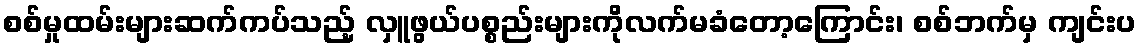
စစ်မှုထမ်းများဆက်ကပ်သည့် လှူဖွယ်ပစ္စည်းများကိုလက်မခံတော့ကြောင်း၊ စစ်ဘက်မှ ကျင်းပ